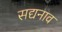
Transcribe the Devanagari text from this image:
सद्यनाव